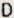
D